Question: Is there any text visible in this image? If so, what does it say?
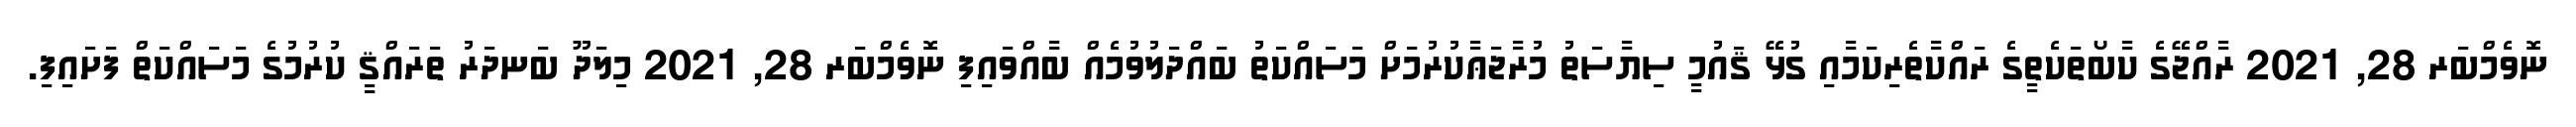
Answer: ނޮވެމްބަރ 28, 2021 ރާއްޖޭގެ ކާބޯތަކެތީގެ ރައްކާތެރިކަމާއި ގުޅޭ ޤައުމީ ސިޔާސަތު މުރާޖަޢާކުރުމަށް މަސައްކަތު ބައްދަލުވުމެއް ބާއްވައިފި ނޮވެމްބަރ 28, 2021 މިލަދޫ ބަނދަރު ތަރައްޤީ ކުރުމުގެ މަސައްކަތް ފަށައިފި.